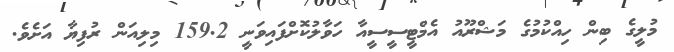
މުލީގެ ބިން ހިއްކުމުގެ މަޝްރޫއު އެމްޓީސީސީއާ ހަވާލުކޮށްފައިވަނީ 159.2 މިލިއަން ރުފިޔާ އަށެވެ.